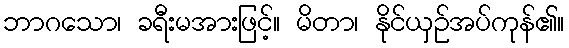
ဘာဂသော၊ ခရီးမအားဖြင့်။ မိတာ၊ နိုင်ယှဉ်အပ်ကုန်၏။